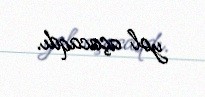
yol açacaqdı.